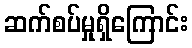
ဆက်စပ်မှုရှိကြောင်း